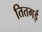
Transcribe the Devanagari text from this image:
तितगई